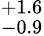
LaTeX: ^{+1.6}_{-0.9}